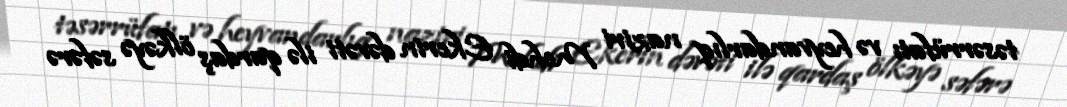
təsərrüfatı və heyvandarlıq naziri Mehdi Ekerin dəvəti ilə qardaş ölkəyə səfərə